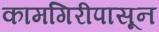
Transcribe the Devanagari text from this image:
कामगिरीपासून